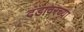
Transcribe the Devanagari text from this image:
दंडावरच्या